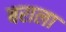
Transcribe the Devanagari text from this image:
बराला